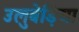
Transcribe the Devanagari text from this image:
उलुबेड़िया